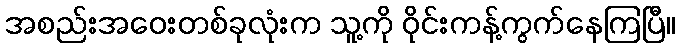
အစည်းအဝေးတစ်ခုလုံးက သူ့ကို ဝိုင်းကန့်ကွက်နေကြပြီ။